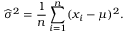
{ \widehat { \sigma } } ^ { 2 } = { \frac { 1 } { n } } \sum _ { i = 1 } ^ { n } ( x _ { i } - \mu ) ^ { 2 } .